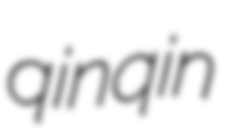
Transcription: qinqin